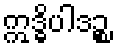
ဣဒ္ဓိပါဒဉ္စ